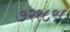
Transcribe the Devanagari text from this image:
७२१८९८